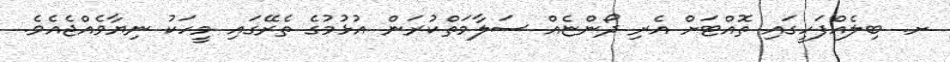
ށ. ބިލެއްފަހީގައި ތޮއްޓަށް އެރި ދޯންޏެއް ސަލާމަތްކުރަން އުޅުމުގެ ތެރޭގައި މީހަކު ނިޔާވެއްޖެއެވެ.